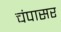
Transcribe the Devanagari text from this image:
चंपासर